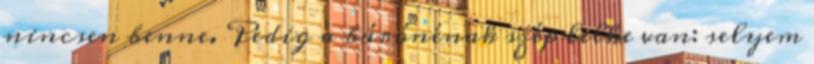
nincsen benne. Pedig a bárónénak szép lelke van: selyem